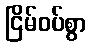
ငြိမ်ဝပ်စွာ